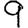
Digit: 9